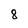
Character: 8